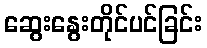
ဆွေးနွေးတိုင်ပင်ခြင်း